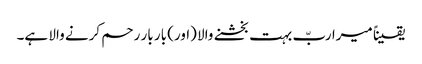
یقیناً میرا ربّ بہت بخشنے والا (اور) بار بار رحم کرنے والا ہے۔